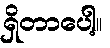
ရှိတာပေါ့။